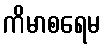
ကိမာစရေမ